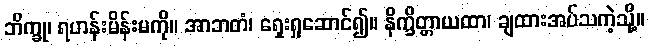
ဘိက္ခု၊ ရဟန်းမိန်းမကို။ အာဘတံ၊ ရှေးရှုဆောင်၍။ နိက္ခိတ္တာယထာ၊ ချထားအပ်သကဲ့သို့။